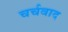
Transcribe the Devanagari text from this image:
चर्चवाद